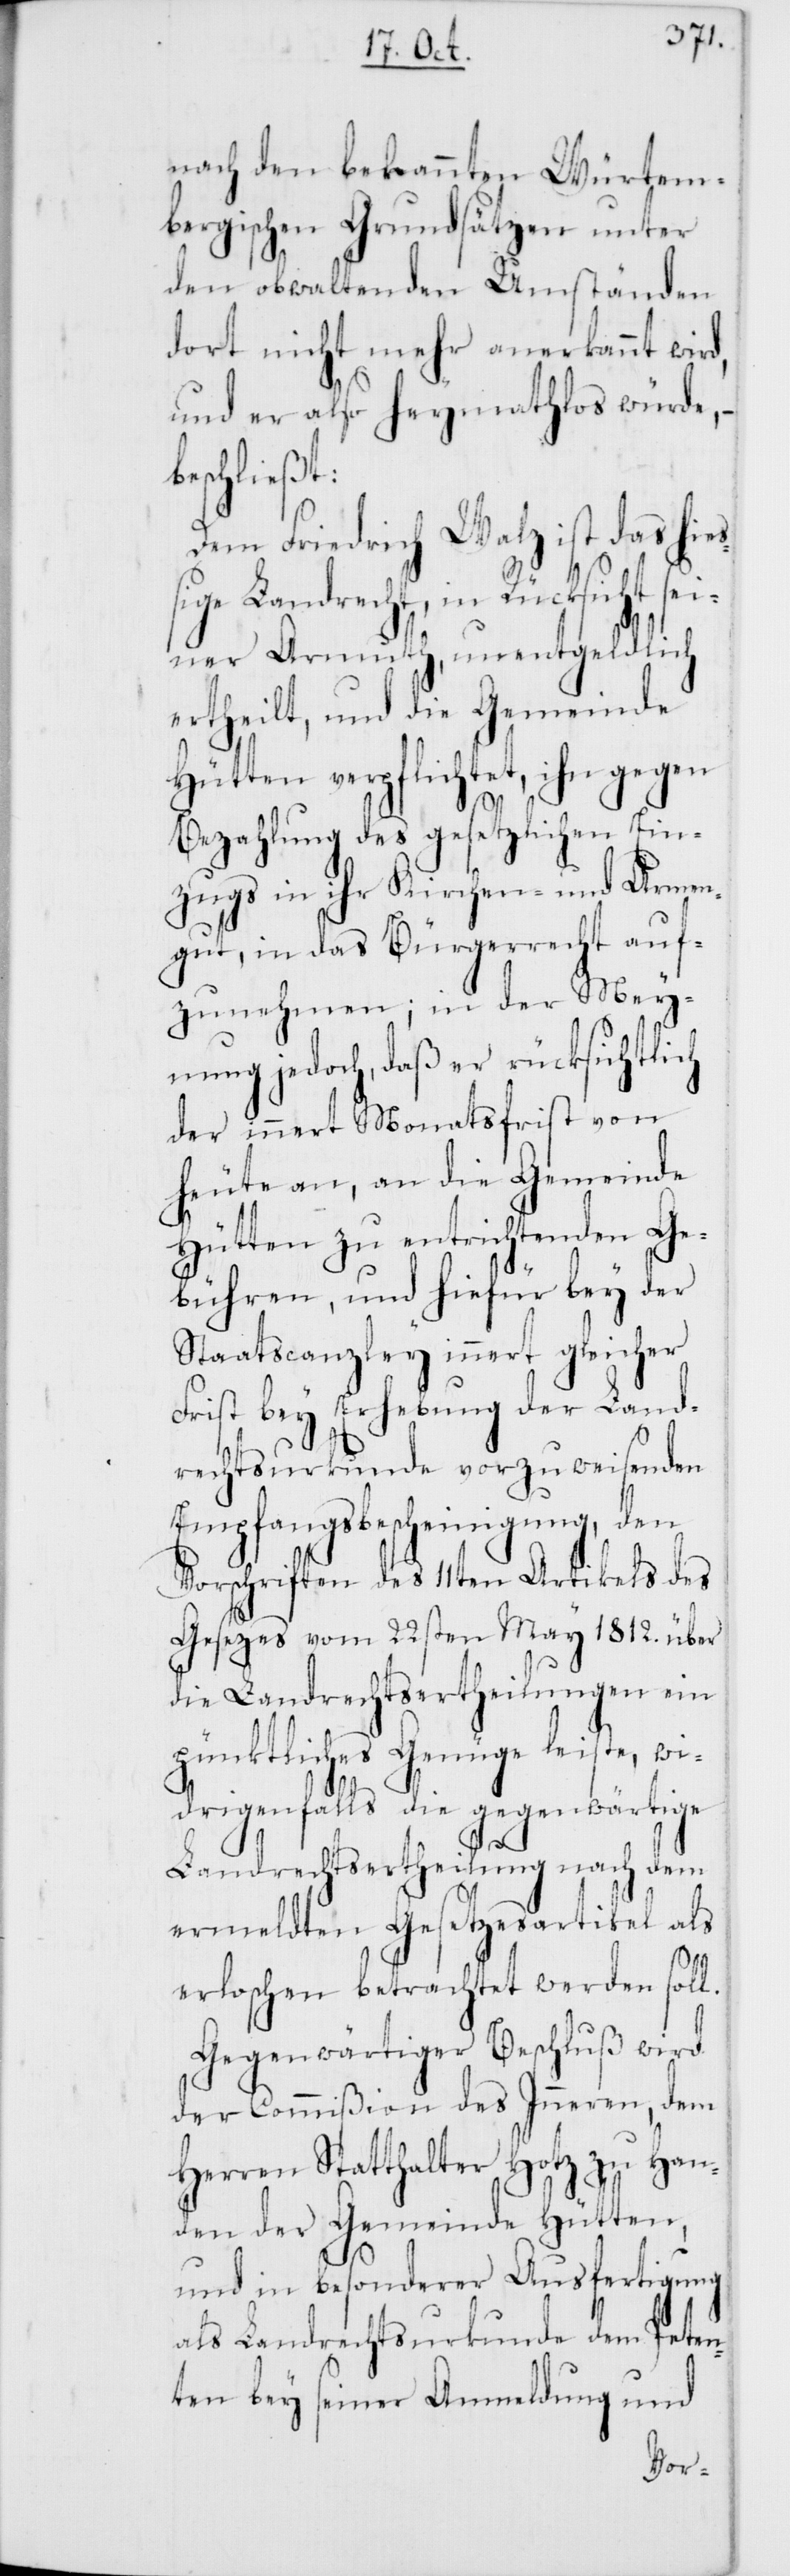
nach den bekannten Würtem¬
bergischen Grundsätzen unter
den obwaltenden Umständen
dort nicht mehr anerkannt wird,
und er also heymathlos würde,
beschließt:
hie¬
Dem Friedrich Walz ist
ßige Landrecht, in Rücksicht sei¬
ner Armuth, unentgeldlich
nde
ertheilt, und die Gemei¬
Hütten verpflichtet, ihn gegen
Bezahlung des gesetzlichen Ein¬
zugs in ihr Kirchen- und Armen¬
gut, in das Bürgerrecht auf¬
zunehmen; in der Mey¬
nung jedoch, daß er rücksichtlich
der innert Monatsfrist von
heute an, an die Gemeinde
Hütten zu entrichtenden Ge¬
bühren, und hiefür bey der
Staatscanzley innert gleicher
Frist bey Erhebung der Land¬
rechtsurkunde vorzuweisenden
Empfangsbescheinigung, den
Vorschriften des 11ten Artikels des
Gesetzes vom 22sten May 1812. über
die Landrechtsertheilungen ein
pünktliches Genüge leiste, wi¬
drigenfalls die gegenwärtige
Landrechtsertheilung nach dem
ermeldten Gesetzesartikel als
erloschen betrachtet werden soll.
Gegenwärtiger Beschluß wird
der Commißion des Inneren, dem
Herren Statthalter Hotz zu Han¬
den der Gemeinde Hütten,
und in besonderer Ausfertigung
als Landrechtsurkunde dem Peten¬
ten bey seiner Anmeldung und